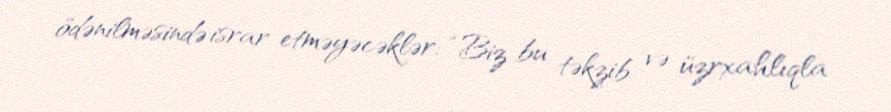
ödənilməsində israr etməyəcəklər: “Biz bu təkzib və üzrxahlıqla